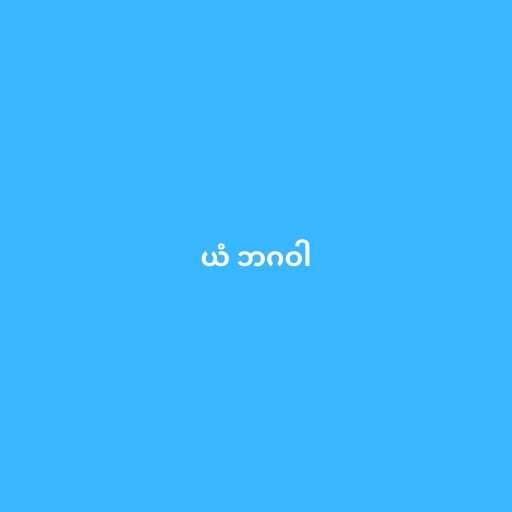
ယံ ဘဂဝါ